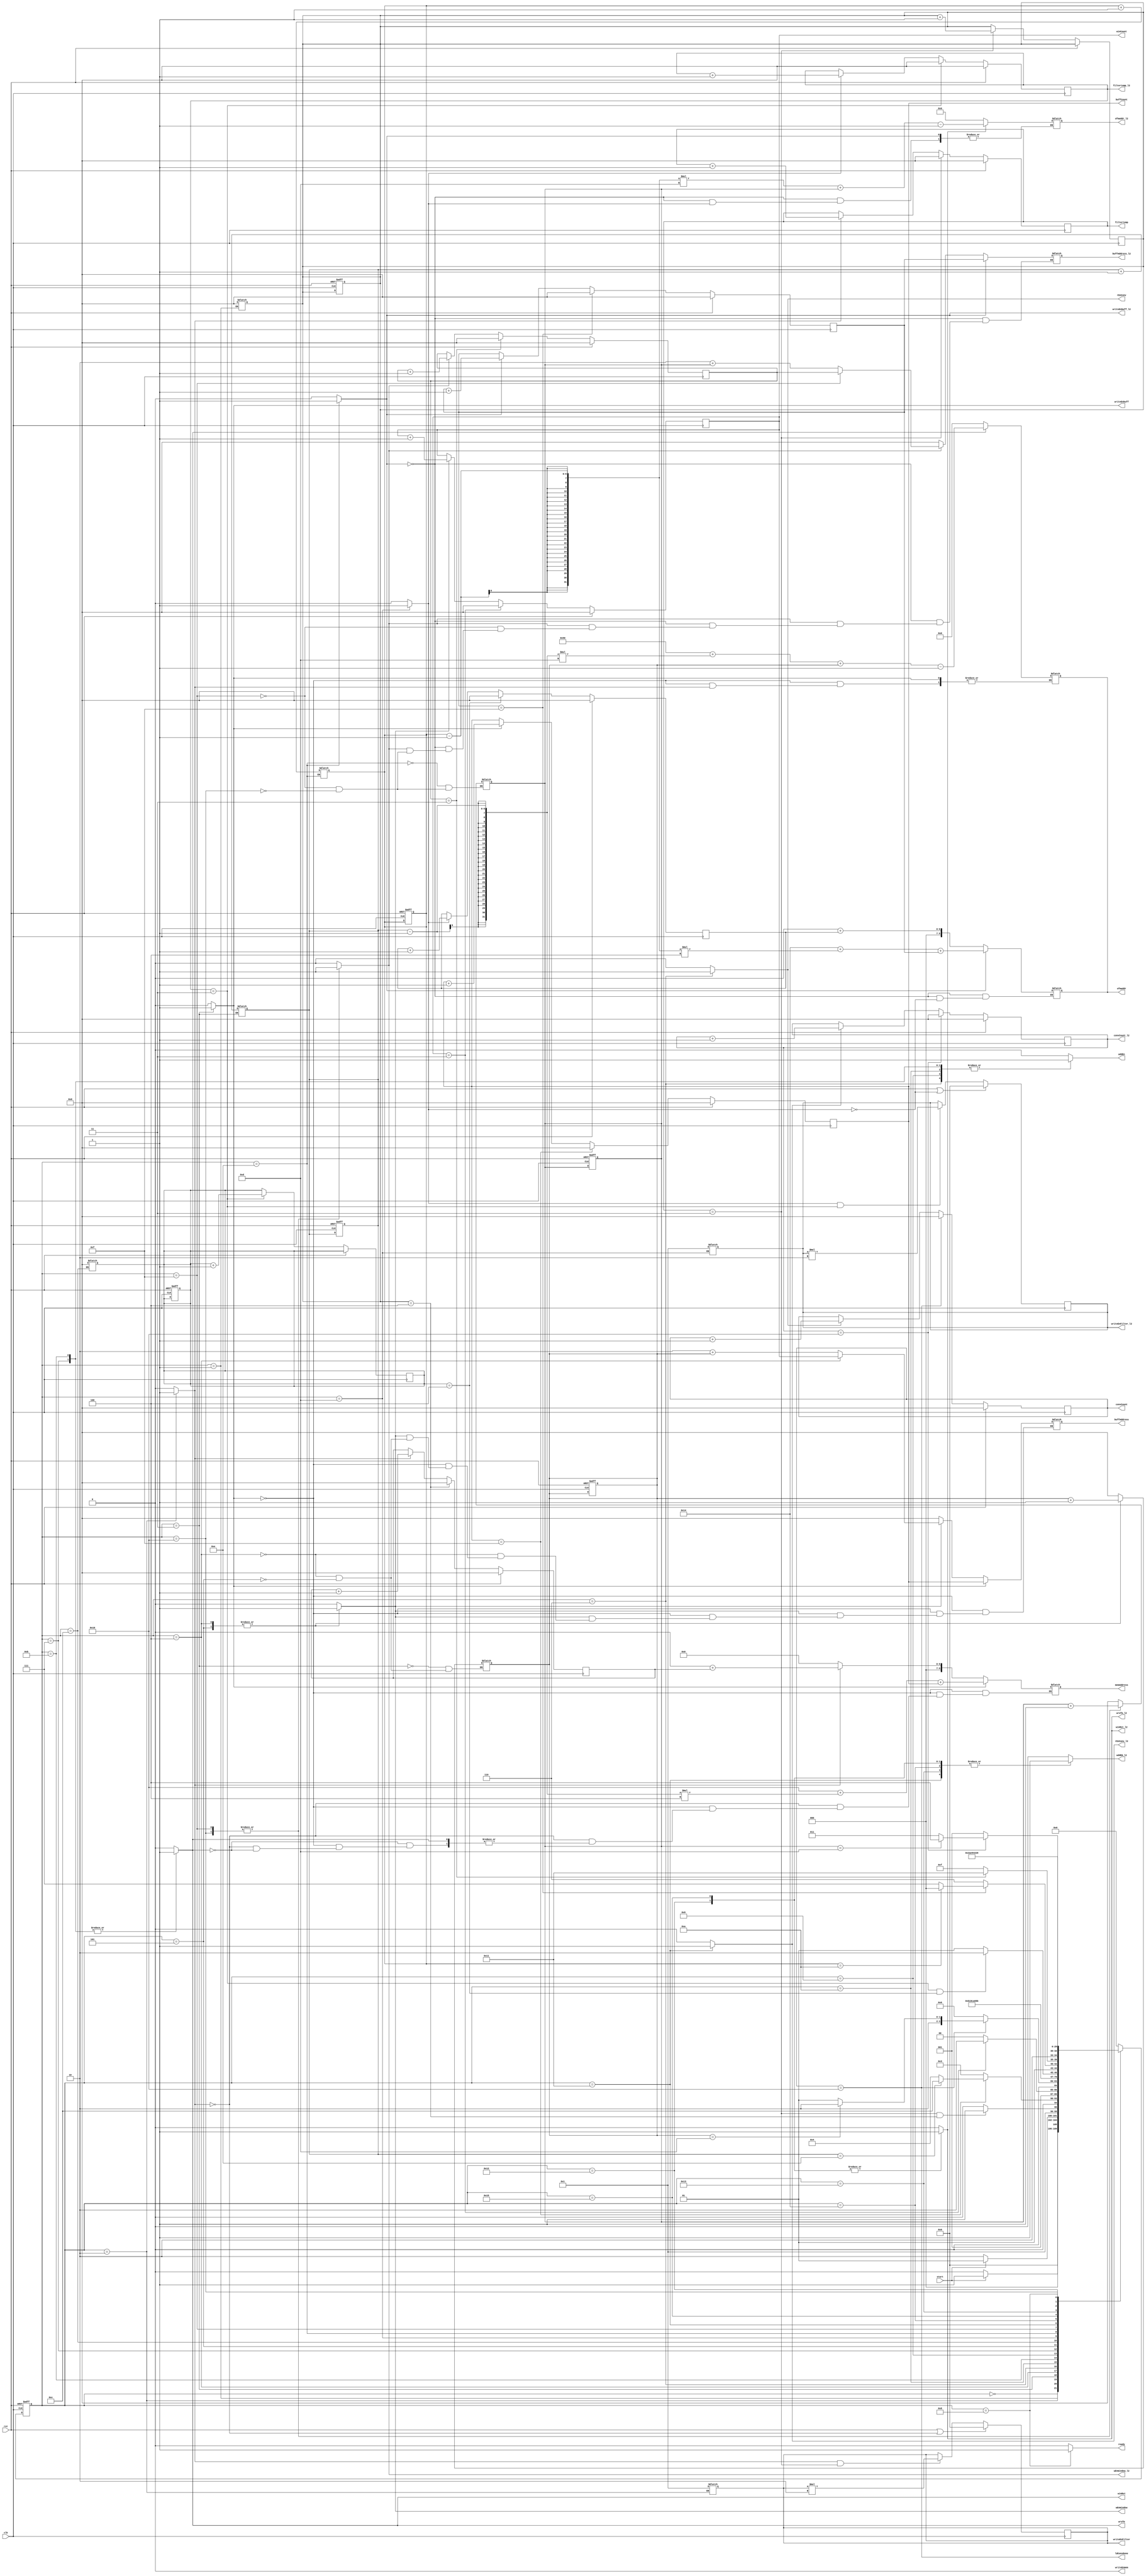
module Controller #(parameter N = 4)(
    input clk, rst,
    input start,
    output reg ready ,writeEnbuff, writeEnmem, wEnWindow, rEnConv, ldConvDone, addEn, winRst,wrofm,
    output reg [5:0] buffCount, filtertemp, winCount, convCount,
    output reg [9:0] memAddress,
    output reg [5:0] buffAddress,
    output reg [9:0] ofmaddr,
    output reg [N-1:0] writeEnFilter,

    //l2
    output reg writeEnbuff_l2, wEnWindow_l2, rEnConv_l2, addEN_l2, winRst_l2,wrofm_l2,
    output reg [3:0] writeEnFilter_l2,
    output reg [5:0] filtertemp_l2, convCount_l2, buffAddress_l2,
    output reg [7:0] ofmaddr_l2    
  );

  // localparam X = 9'd5, Y = 9'd71, Z = 9'd83; //input2
  // localparam X = 9'd2, Y = 9'd71, Z = 9'd81; //input
  // localparam X = 9'd8, Y = 9'd, Z = 9'd82; //input3
  localparam X = 9'd16, Y = 9'd0, Z = 9'd20, M = 9'd0; //correct
  reg [5:0]  buffToWinCount, memToBuffCount;

  // localparam Idle = 4'd0, Init = 4'd1, LoadFilter1 = 4'd2, LoadFilter2 = 4'd3 , LoadFilter3 = 4'd4 ,
  //            LoadFilter4 = 4'd5, LoadBuff = 4'd6,
  //            LoadFirstWin = 4'd7, LoadRemWin = 4'd8, LoadConv = 4'd9, Write = 4'd10,
  //            Done = 4'd11, ConvHold = 4'd12, LastConvHold = 4'd13, LastWrite = 4'd14;
  localparam Idle = 5'd0, Init = 5'd1, LoadFilter = 5'd2, LoadBuff = 5'd3,
             LoadFirstWin = 5'd4, LoadRemWin = 5'd5, LoadConv = 5'd6, Write = 5'd7,
             Done = 5'd8, ConvHold = 5'd9, LastConvHold = 5'd10, LastWrite = 5'd11, Init_l2 = 5'd12, LoadFilter_l2 = 5'd13,
             LoadBuff_l2 = 5'd14, LoadFirstWin_l2 = 5'd15, LoadRemWin_l2 = 5'd16, LoadConv_l2 = 5'd17, Write_l2 = 5'd18,
             ConvHold_l2 = 5'd19, LastConvHold_l2 = 5'd20, LastWrite_l2 = 5'd21;

  wire ldBuffDone, ldFilterDone, ldWinDone, gotAllWin, gotAllBuff, gotallfilter;
  reg [5:0] filternumber;
  reg [5:0] filterCount;
  reg wEnFilter;

  //new signals
  wire ldBuffDone_l2, ldFilterDone_l2, ldWinDone_l2, gotAllWin_l2, gotAllBuff_l2, gotallfilter_l2,ldConvDone_l2;
  reg [5:0] filternumber_l2;
  reg [5:0] filterCount_l2;
  reg wEnFilter_l2;
  reg [5:0]  buffToWinCount_l2, memToBuffCount_l2;
  reg [5:0] buffCount_l2,winCount_l2;
  


  reg [4:0] pstate, nstate;

  always @(pstate or start or ldBuffDone or ldFilterDone or ldWinDone or ldConvDone or ldBuffDone_l2 or ldFilterDone_l2 or ldWinDone_l2 or ldConvDone_l2)
  begin
    nstate = Idle;
    case (pstate)
      Idle:
        nstate = start ? Init : Idle;
      Init:
        nstate = start ? Init : LoadFilter;
      LoadFilter:
        nstate = (ldFilterDone && gotallfilter) ? LoadBuff : LoadFilter;
      LoadBuff:
        nstate = ldBuffDone ? (gotAllBuff ? Init_l2 : LoadFirstWin) : LoadBuff;
      LoadFirstWin:
        nstate = ldWinDone ? LoadConv : LoadFirstWin;
      LoadConv:
        nstate =  ldConvDone ? (gotAllWin ? LastConvHold : ConvHold) : LoadConv;
      LastConvHold:
        nstate = LastWrite;
      LastWrite:
        nstate = LoadBuff;
      ConvHold:
        nstate = Write;
      Write:
        nstate = LoadRemWin;
      LoadRemWin:
        nstate = LoadConv;
      //new states
      Init_l2:
        nstate = LoadFilter_l2;
      LoadFilter_l2:
        nstate = (ldFilterDone_l2 && gotallfilter_l2) ? LoadBuff_l2 : LoadFilter_l2; //change
      LoadBuff_l2:
        nstate = ldBuffDone_l2 ? (gotAllBuff_l2 ? Done : LoadFirstWin_l2) : LoadBuff_l2;
      LoadFirstWin_l2:
        nstate = ldWinDone_l2 ? LoadConv_l2 : LoadFirstWin_l2;
      LoadConv_l2:
        nstate =  ldConvDone_l2 ? (gotAllWin_l2 ? LastConvHold_l2 : ConvHold_l2) : LoadConv_l2;
      LastConvHold_l2:
        nstate = LastWrite_l2;
      LastWrite_l2:
        nstate = LoadBuff_l2;
      ConvHold_l2:
        nstate = Write_l2;
      Write_l2:
        nstate = LoadRemWin_l2;
      LoadRemWin_l2:
        nstate = LoadConv_l2;
      Done:
        nstate = Done;
      default:
        ;
    endcase
  end

  always @(pstate)
  begin
    {wEnFilter, writeEnbuff, wEnWindow, rEnConv, writeEnmem, addEn, winRst, ready, wrofm,
     wEnFilter_l2, writeEnbuff_l2, wEnWindow_l2, rEnConv_l2, addEN_l2, winRst_l2, wrofm_l2} = 16'd0;
    case (pstate)
      Init:
      begin
        filternumber <= 0;
      end
      LoadFilter:
      begin
        wEnFilter = 1'd1;
        writeEnFilter <= 1;
      end
      LoadBuff:
      begin
        // rEnMem = 1'd1;
        writeEnbuff = 1'd1;
        memToBuffCount <= memToBuffCount + 1;
        buffToWinCount <= 0;
      end
      LoadFirstWin:
      begin
        wEnWindow = 1'd1;
        buffToWinCount = buffToWinCount + 1;
      end
      LoadRemWin:
      begin
        wEnWindow = 1'd1;
        buffToWinCount = buffToWinCount + 1;
      end
      LoadConv:
      begin
        rEnConv = 1'd1;
        addEn = 1'd1;
      end
      ConvHold:
      begin
        addEn = 1'd1;
      end
      Write:
      begin
        addEn = 1'd1;
        wrofm = 1'd1;
        winRst = 1'd1;
      end
      LastConvHold:
      begin
        addEn = 1'd1;
      end
      LastWrite:
      begin
        addEn = 1'd1;
        wrofm = 1'd1;
        winRst = 1'd1;
      end
      //new states
      Init_l2:
      begin
        filternumber_l2 <= 0;
      end
      LoadFilter_l2:
      begin
        wEnFilter_l2 = 1'd1;
        writeEnFilter_l2 <= 1;
      end
      LoadBuff_l2:
      begin
        // rEnMem = 1'd1;
        writeEnbuff_l2 = 1'd1;
        memToBuffCount_l2 <= memToBuffCount_l2 + 1;
        buffToWinCount_l2 <= 0;
      end
      LoadFirstWin_l2:
      begin
        wEnWindow_l2 = 1'd1;
        buffToWinCount_l2 = buffToWinCount_l2 + 1;
      end
      LoadRemWin_l2:
      begin
        wEnWindow_l2 = 1'd1;
        buffToWinCount_l2 = buffToWinCount_l2 + 1;
      end
      LoadConv_l2:
      begin
        rEnConv_l2 = 1'd1;
        addEN_l2 = 1'd1;
      end
      ConvHold_l2:
      begin
        addEN_l2 = 1'd1;
      end
      Write_l2:
      begin
        addEN_l2 = 1'd1;
        wrofm_l2 = 1'd1;
        winRst_l2 = 1'd1;
      end
      LastConvHold_l2:
      begin
        addEN_l2 = 1'd1;
      end
      LastWrite_l2:
      begin
        addEN_l2 = 1'd1;
        wrofm_l2 = 1'd1;
        winRst_l2 = 1'd1;
      end
      Done:
      begin
        {wEnFilter, writeEnbuff, wEnWindow, rEnConv, wEnFilter_l2, writeEnbuff_l2, wEnWindow_l2, rEnConv_l2} = 8'd0;
        ready = 1'd1;
      end
    endcase
  end

  // always @(posedge clk)
  // begin
  //   if (rst || (wEnFilter == 0))
  //     writeEnFilter <= 0;
  //   else if (wEnFilter && filtertemp == 0)
  //   begin
  //     if(writeEnFilter == 0)
  //       writeEnFilter <= 1;
  //     else 
  //       writeEnFilter <= writeEnFilter * 2;
  //   end
  // end

   always @(posedge clk)
  begin
    if (rst || (wEnFilter == 0))
      writeEnFilter <= 0;
    else if (wEnFilter && filtertemp == 3)
    begin
        writeEnFilter <= writeEnFilter * 2;
    end
  end
  //l2
    always @(posedge clk)
  begin
    if (rst || (wEnFilter_l2 == 0))
      writeEnFilter_l2 <= 0;
    else if (wEnFilter_l2 && filtertemp_l2 == 3)
    begin
        writeEnFilter_l2 <= writeEnFilter_l2 * 2;
    end
  end


  always @(posedge clk or posedge rst)
  begin
    if (rst)
    begin
      pstate <= Idle;
      buffToWinCount <= 0;
      memToBuffCount <= 0;
      filternumber <= 0;
      buffToWinCount_l2 <= 0;
      memToBuffCount_l2 <= 0;
      filternumber_l2 <= 0;
    end
    else
      pstate <= nstate;
  end

  always @(posedge clk)
  begin
    if (rst)
      buffCount <= 8'b0;
    else if (buffCount == 8'd15)
    begin
      buffCount <= 8'b0;
    end
    else if (writeEnbuff)
      buffCount <= buffCount + 1;
  end
  //l2
  always @(posedge clk)
  begin
    if (rst)
      buffCount_l2 <= 8'b0;
    else if (buffCount_l2 == 8'd15)
    begin
      buffCount_l2 <= 8'b0;
    end
    else if (writeEnbuff_l2)
      buffCount_l2 <= buffCount_l2 + 1;
  end


  always @(posedge clk)
  begin
    if (rst)
      filterCount <= 8'b0;
    else if (gotallfilter)
      filterCount <= 8'b0;
    else if (wEnFilter)
      filterCount <= filterCount + 1;
  end
  //l2
    always @(posedge clk)
  begin
    if (rst)
      filterCount_l2 <= 8'b0;
    else if (gotallfilter_l2)
      filterCount_l2 <= 8'b0;
    else if (wEnFilter_l2)
      filterCount_l2 <= filterCount_l2 + 1;
  end

  // new filtertemp
    always @(posedge clk)
  begin
    if (rst)
      filtertemp <= 8'b0;
    else if (filtertemp == 8'd3)
    begin
      filtertemp <= 8'b0;
      filternumber <= filternumber + 1;
    end
    else if (wEnFilter)
      filtertemp <= filtertemp + 1;
  end
  //l2
    always @(posedge clk)
  begin
    if (rst)
      filtertemp_l2 <= 8'b0;
    else if (filtertemp_l2 == 8'd3)
    begin
      filtertemp_l2 <= 8'b0;
      filternumber_l2 <= filternumber_l2 + 1;
    end
    else if (wEnFilter_l2)
      filtertemp_l2 <= filtertemp_l2 + 1;
  end


  always @(posedge clk)
  begin
    if (rst)
      winCount <= 8'b0;
    else if (winCount == 8'd3)
      winCount <= 8'b0;
    else if (wEnWindow)
      winCount <= winCount + 1;
  end
  //l2
    always @(posedge clk)
  begin
    if (rst)
      winCount_l2 <= 8'b0;
    else if (winCount_l2 == 8'd3)
      winCount_l2 <= 8'b0;
    else if (wEnWindow_l2)
      winCount_l2 <= winCount_l2 + 1;
  end

  always @(posedge clk)
  begin
    if (rst)
      convCount <= 8'b0;
    else if (convCount == 8'd16)
      convCount <= 8'b0;
    else if (rEnConv)
      convCount <= convCount + 1;
  end
  //l2
    always @(posedge clk)
  begin
    if (rst)
      convCount_l2 <= 8'b0;
    else if (convCount_l2 == 8'd16)
      convCount_l2 <= 8'b0;
    else if (rEnConv_l2)
      convCount_l2 <= convCount_l2 + 1;
  end

  assign ldFilterDone = (filtertemp == 8'd3);
  assign ldBuffDone = (buffCount == 8'd15);
  assign ldWinDone = (winCount == 8'd3);
  assign ldConvDone = (convCount == 8'd16);
  assign gotAllWin = (buffToWinCount == 8'd13);
  assign gotAllBuff = (memToBuffCount == 8'd14);
  assign gotallfilter = (filternumber == N);
  //l2
  assign ldFilterDone_l2 = (filtertemp_l2 == 8'd3);
  assign ldBuffDone_l2 = (buffCount_l2 == 8'd15);
  assign ldWinDone_l2 = (winCount_l2 == 8'd3);
  assign ldConvDone_l2 = (convCount_l2 == 8'd16);
  assign gotAllWin_l2 = (buffToWinCount_l2 == 8'd13);
  assign gotAllBuff_l2 = (memToBuffCount_l2 == 8'd10);
  assign gotallfilter_l2 = (filternumber_l2 == 4); 

  always @(*)
  begin
    if (writeEnbuff)
      memAddress = X + (memToBuffCount - 1) * 4 + buffCount;
    else if (wEnFilter)
      memAddress = Y + filterCount;
    else if (wrofm)
      ofmaddr = Z * 4 + (memToBuffCount - 1) * 13 + buffToWinCount - 1;
    else if(wrofm == 0)
      ofmaddr = 0;
    else
      memAddress = 0;
  end

  //l2
    always @(*)
  begin
    if (writeEnbuff_l2) //check
      ofmaddr = Z + (memToBuffCount_l2 - 1) * 4 + buffCount_l2;
    else if (wEnFilter_l2)
      ofmaddr = Y + filterCount_l2;
    else if (wrofm_l2)
      ofmaddr_l2 = (memToBuffCount_l2 - 1) * 13 + buffToWinCount_l2 - 1;
    else if(wrofm_l2 == 0)
      ofmaddr_l2 = 0;
  end

  always @(*)
  begin
    if (writeEnbuff)
      buffAddress = buffCount;
    else if (wEnWindow)
    begin
      if (pstate == LoadFirstWin)
        buffAddress = winCount;
      else if (pstate == LoadRemWin)
        buffAddress = 2 + buffToWinCount;
    end
    else
      buffAddress = 0;
  end

  //l2
    always @(*)
  begin
    if (writeEnbuff_l2)
      buffAddress_l2 = buffCount_l2;
    else if (wEnWindow_l2)
    begin
      if (pstate == LoadFirstWin_l2)
        buffAddress_l2 = winCount_l2;
      else if (pstate == LoadRemWin_l2)
        buffAddress_l2 = 2 + buffToWinCount_l2;
    end
    else
      buffAddress_l2 = 0;
  end

endmodule